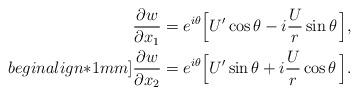
LaTeX: \begin{align*} &\frac{\partial w}{\partial x_1}=e^{i\theta} \Big[U'\cos \theta-i \frac{U}{r}\sin \theta\,\Big], \\begin{align*}1mm] & \frac{\partial w}{\partial x_2}=e^{i\theta} \Big[U'\sin \theta+i \frac{U}{r}\cos \theta\,\Big]. \end{align*}